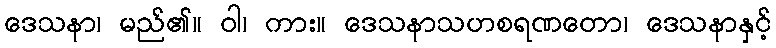
ဒေသနာ၊ မည်၏။ ဝါ၊ ကား။ ဒေသနာသဟစရဏတော၊ ဒေသနာနှင့်